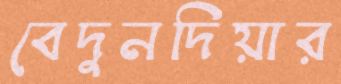
বেদুনদিয়ার